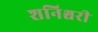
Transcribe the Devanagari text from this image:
शनिश्चरी